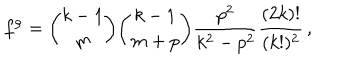
f ^ { \rho } = { \binom { k - 1 } { m } } { \binom { k - 1 } { m + p } } { \frac { p ^ { 2 } } { k ^ { 2 } - p ^ { 2 } } } { \frac { ( 2 k ) ! } { ( k ! ) ^ { 2 } } } \, ,